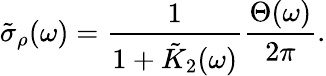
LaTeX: \tilde{\sigma}_{\rho}(\omega)=\frac{1}{1+\tilde{K}_{2}(\omega)}\frac{\Theta(\omega)}{2\pi}.